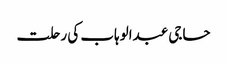
حاجی عبدالوہاب کی رحلت